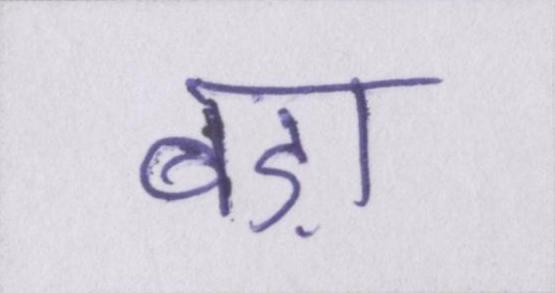
बड़ा